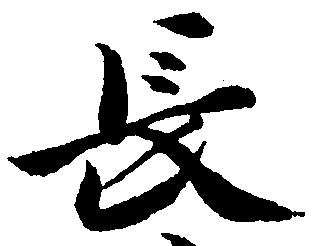
長